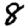
Digit: 8